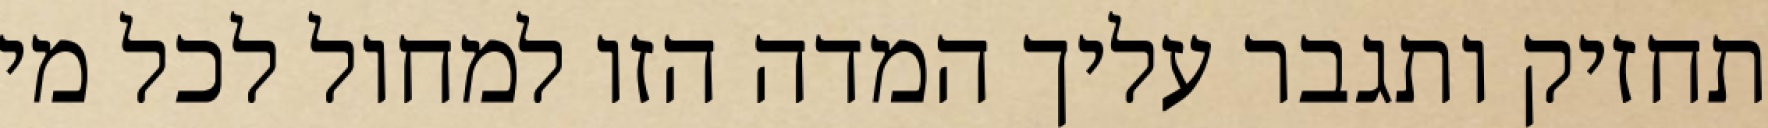
תחזיק ותגבר עליך המדה הזו למחול לכל מי